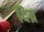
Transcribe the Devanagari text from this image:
दिय्र